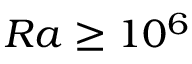
R a \ge 1 0 ^ { 6 }